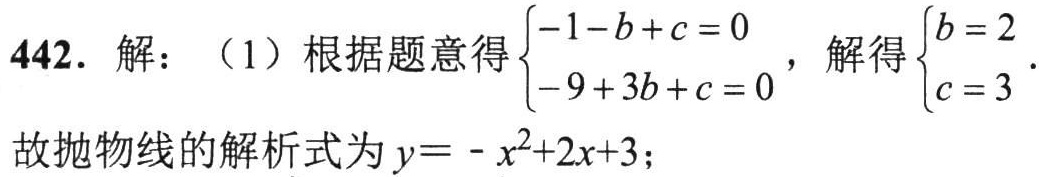
442. 解：（1）根据题意得\(\begin{cases}-1 - b + c = 0\\-9 + 3b + c = 0\end{cases}\)，解得\(\begin{cases}b = 2\\c = 3\end{cases}\).
故抛物线的解析式为\(y=-x^{2}+2x + 3\)；